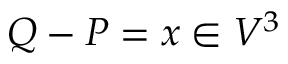
Q - P = x \in V ^ { 3 }